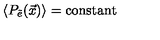
\langle P _ { \tilde { e } } ( \vec { x } ) \rangle = \mathrm { c o n s t a n t }